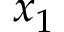
x _ { 1 }